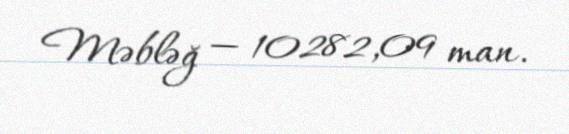
Məbləğ — 10282,09 man.